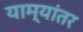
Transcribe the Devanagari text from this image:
याम्यांतर